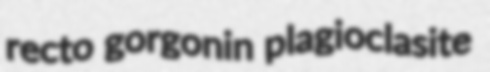
recto gorgonin plagioclasite